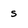
Character: s